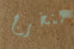
لنخرج